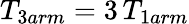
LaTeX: T_{3arm}=3\, T_{1arm}